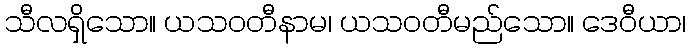
သီလရှိသော။ ယသဝတီနာမ၊ ယသဝတီမည်သော။ ဒေဝီယာ၊